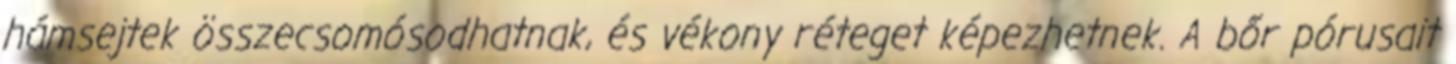
hámsejtek összecsomósodhatnak, és vékony réteget képezhetnek. A bőr pórusait